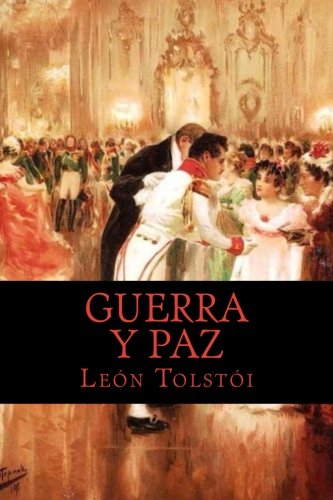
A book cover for Guerra y Paz (Spanish Edition); LeÃ³n TolstÃ³i; Literature & Fiction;